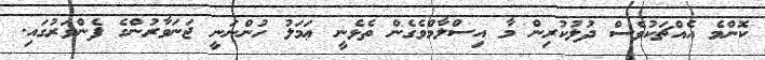
ކޮންމެ އެއްޗަކުވެސް ދުލުކުރިން މާ އިސްލާމްވެގެން ތެޅެނީ ޢަމަލު ހުންނަނީ ޖަނަވާރުންގެ ފެންވަރުގައި.